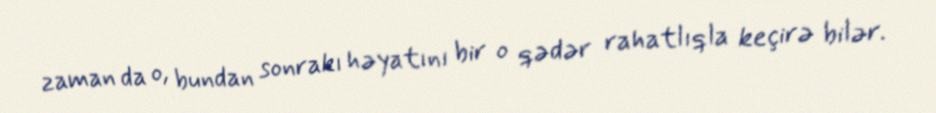
zaman da o, bundan sonrakı həyatını bir o qədər rahatlıqla keçirə bilər.